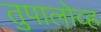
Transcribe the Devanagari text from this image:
तुपालोव्ह